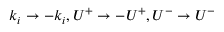
k _ { i } \to - k _ { i } , U ^ { + } \to - U ^ { + } , U ^ { - } \to U ^ { - }